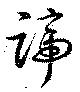
蹄